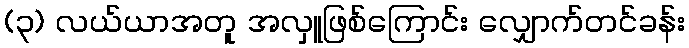
(၃) လယ်ယာအတူ အလှူဖြစ်ကြောင်း လျှောက်တင်ခန်း